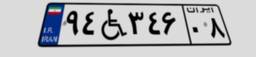
۹۴W۳۴۶۰۸